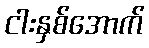
ငါးနှစ်အောက်